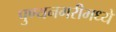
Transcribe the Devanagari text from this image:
पुण्यनगरीमध्ये